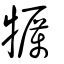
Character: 犡